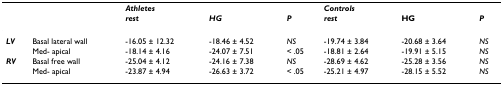
<table><thead><tr><td></td><td></td><td><b><i>Athletes</i></b></td><td></td><td></td><td><b><i>Controls</i></b></td><td></td><td></td></tr><tr><td></td><td></td><td><b><i>rest</i></b></td><td><b><i>HG</i></b></td><td><b><i>P</i></b></td><td><b><i>rest</i></b></td><td><b>HG</b></td><td><b><i>P</i></b></td></tr></thead><tbody><tr><td><b><i>LV</i></b></td><td>Basal lateral wall</td><td>-16.05 ± 12.32</td><td>-18.46 ± 4.52</td><td><i>NS</i></td><td>-19.74 ± 3.84</td><td>-20.68 ± 3.64</td><td><i>NS</i></td></tr><tr><td></td><td>Med- apical</td><td>-18.14 ± 4.16</td><td>-24.07 ± 7.51</td><td>&lt; .05</td><td>-18.81 ± 2.64</td><td>-19.91 ± 5.15</td><td><i>NS</i></td></tr><tr><td><b><i>RV</i></b></td><td>Basal free wall</td><td>-25.04 ± 4.12</td><td>-24.16 ± 7.38</td><td><i>NS</i></td><td>-28.69 ± 4.62</td><td>-25.28 ± 3.56</td><td><i>NS</i></td></tr><tr><td></td><td>Med- apical</td><td>-23.87 ± 4.94</td><td>-26.63 ± 3.72</td><td>&lt; .05</td><td>-25.21 ± 4.97</td><td>-28.15 ± 5.52</td><td><i>NS</i></td></tr></tbody></table>